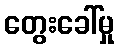
တွေးခေါ်မှု